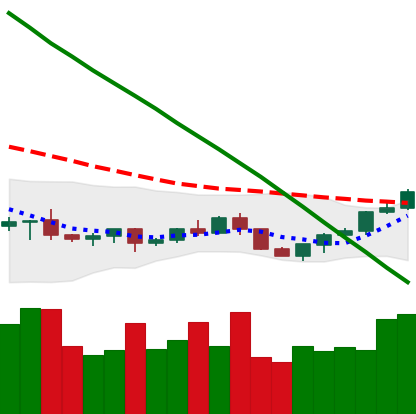
Ticker: LTC-USD
Chart end date: 2022-07-18
Forward return: -3.753%
Label: down_3_5